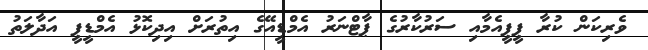
ވެރިކަން ކުރާ ޕީޕީއެމާއި ސަރުކާރުގެ ޕާޓްނަރު އެމްޑީއޭގެ އިތުރަށް އިދިކޮޅު އެމްޑީޕީ އަދާލަތު